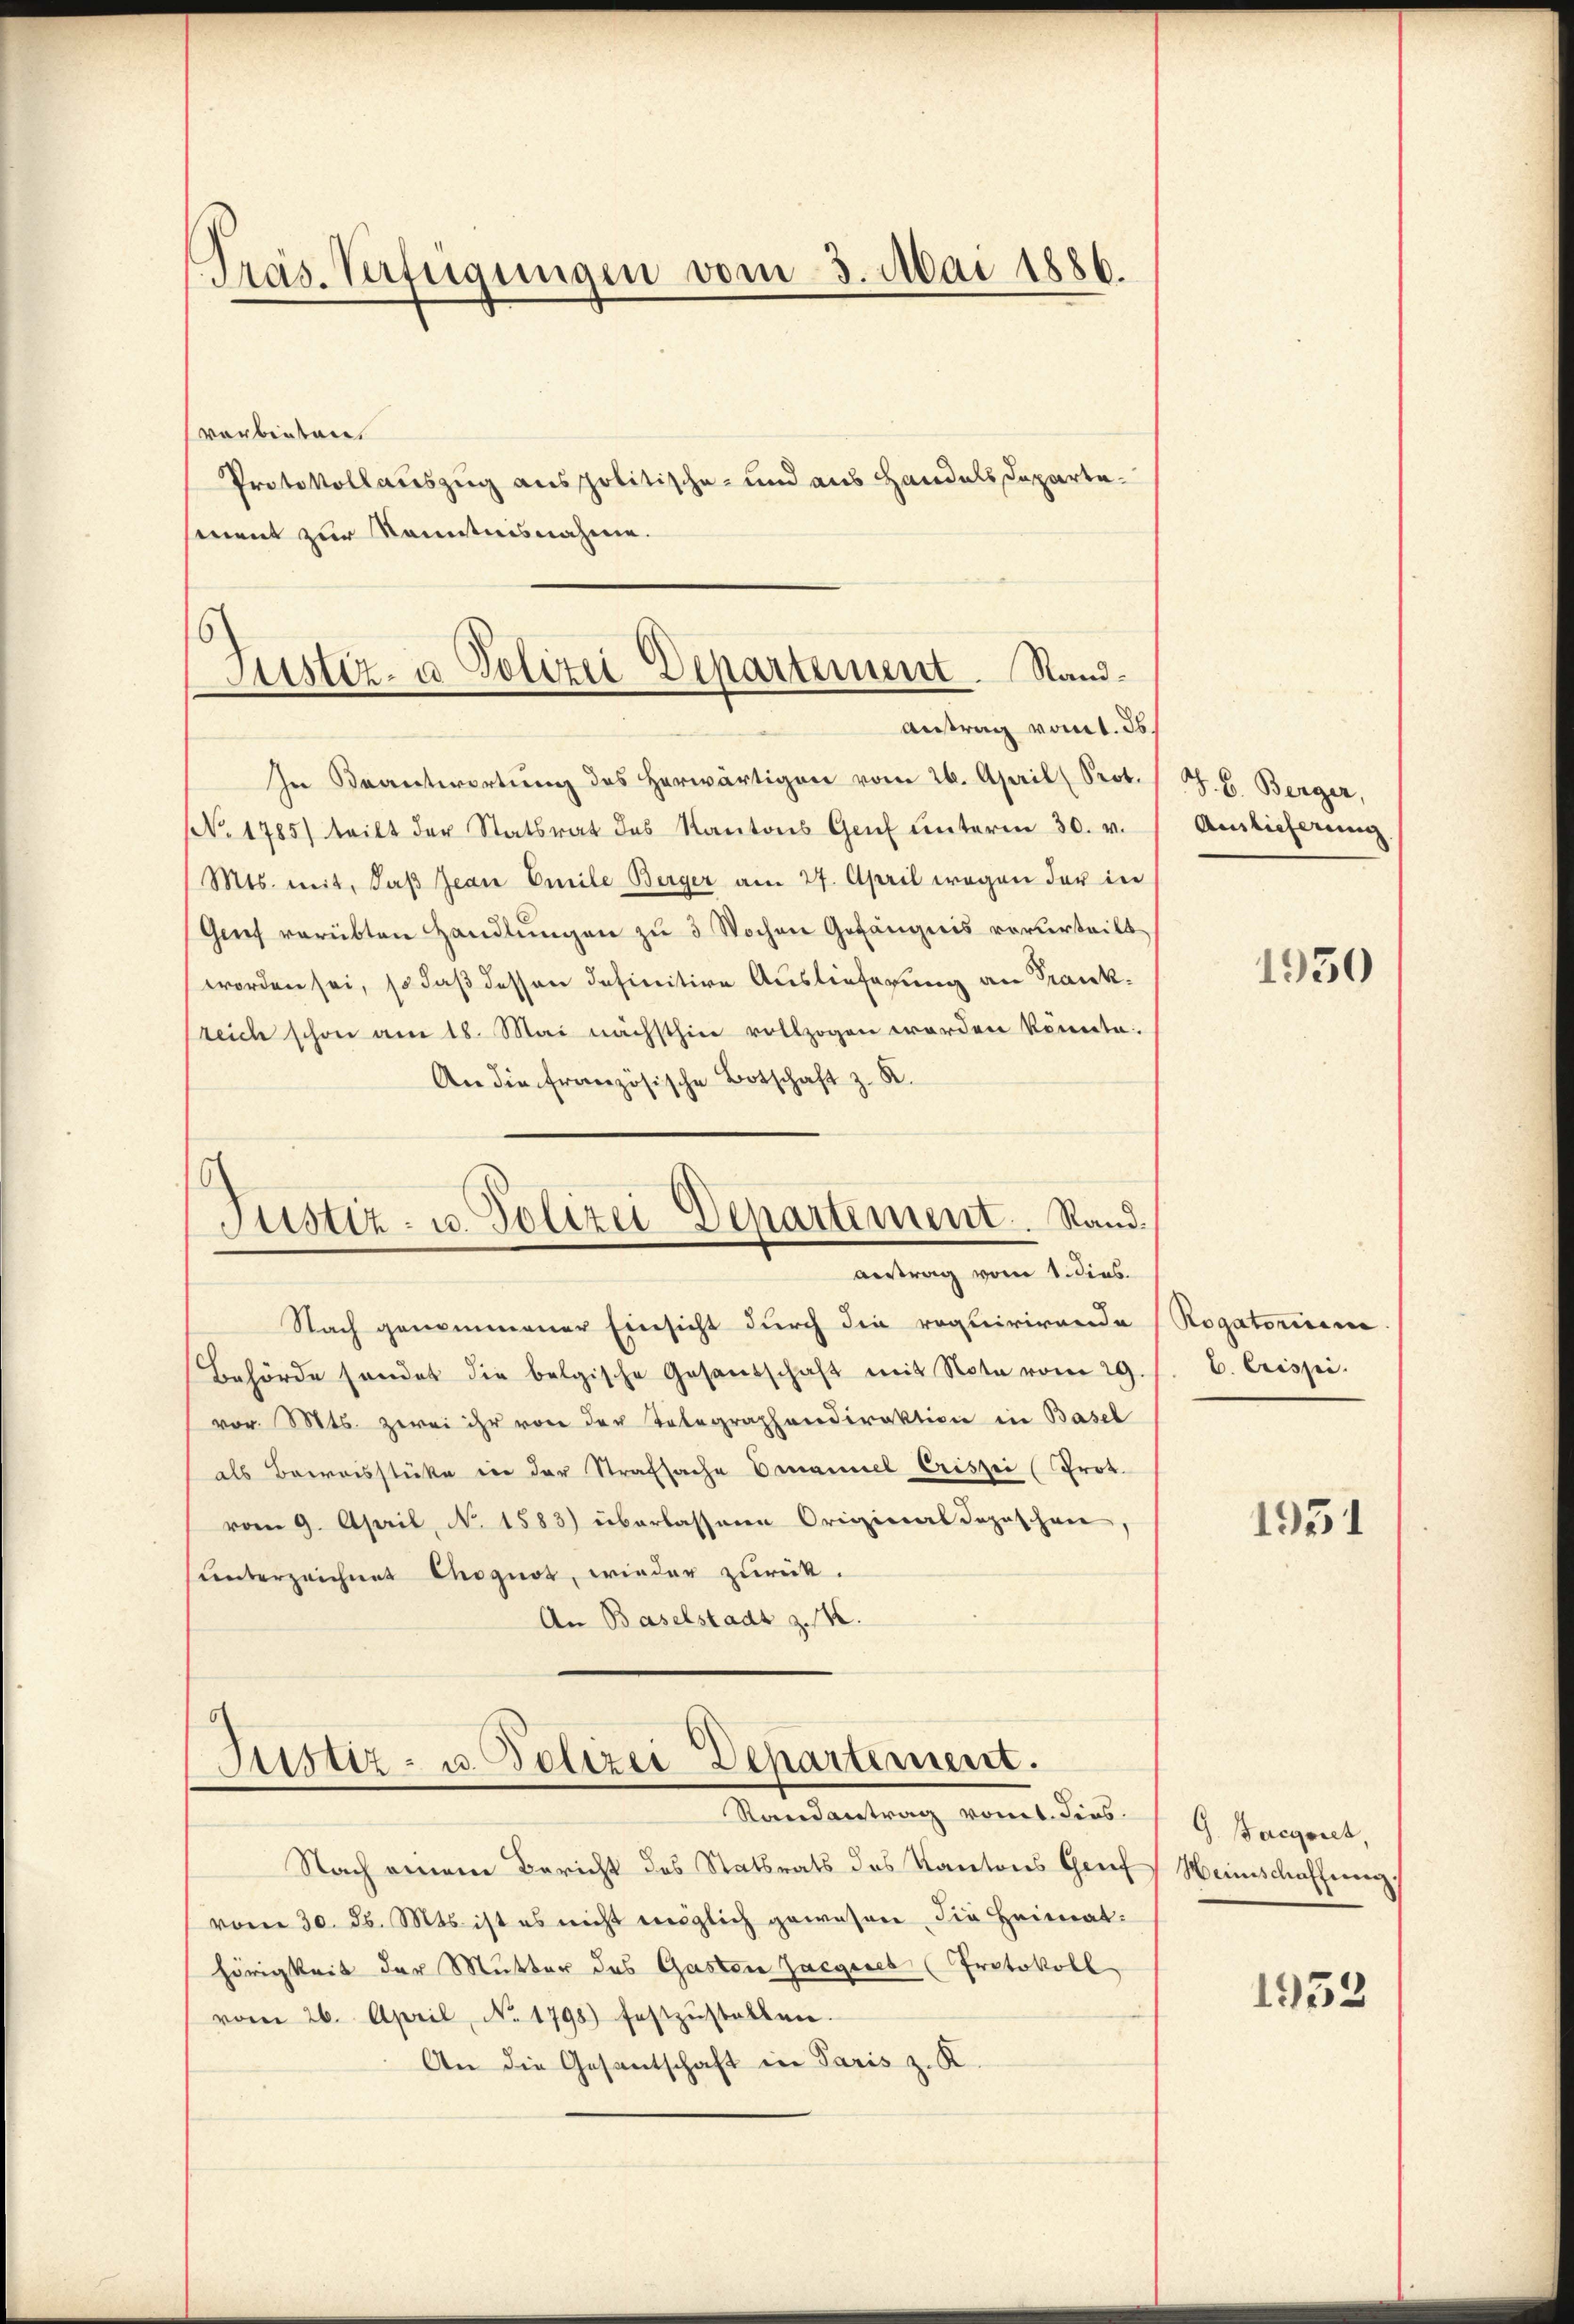
Pras-Verfügungen vom 3. Mai 1886.

verbieten.
Protokollauszug aus politische- und aus Handels Departement zur Kenntnisnahme.

Justiz- & Polizei Departement. Sand¬
Antrag vom 1. ds.

In Beantwortŭng des herwärtigen vom 26. April (Prot. (S. B. Berger,
No. 1785) teilt der Statsrat des Kantons Genf unterm 30. v.
Mts. mit, daß Jean Emile Berger am 27. April wegen der in
Genf verübten Handlungen zu 3 Wochen Gefängnis vorurteilt.
worden sei, so daß dessen definitive Auslieferung an Frankteich schon am 18. Mai nächsthin vollzogen worden könnte.
An die französische Botschaft z. R.
Justiz- u. Polizei-Departement. Rand.

antrag vom 1. dies

Justiz- u. Polizei Departement.
Randantrag vomt. Dies

Nach genommener Einsicht durch die requirirende Rogatoriren
Behörde sendet die belgische Gesandschaft mit Note vom 29.
vor. Mts. zwei ihr von der Telegraphendirektion in Basel
als Barroisstücke in der Strafsache Emanuel Criszei (Prot.
vom 9. April, No. 1583) überlassene Original dopischen,
ŭnterzeichnet Cognot, wieder zurück.
An Baselstadt z. K.

Nach einem Bericht des Statsrats des Kantons Graf Weinschaffung.
vom 30. ds. Mts. ist es nicht möglich gewesen die Heimathörigkeit der Mutter das Gastor Zacgeses (Protokoll
vom 26. April, No. 1798 festzŭstellen.
An die Gesantschaft in Paris z. K

Auslieferung

1950

E. Crissei.

1951

G. Sargaret

1952